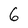
Character: 6